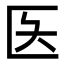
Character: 𫧌